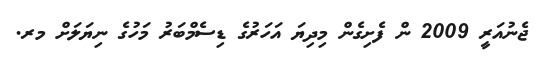
ޖެނުއަރީ 2009 ން ފެށިގެން މިދިޔަ އަހަރުގެ ޑިސެމްބަރު މަހުގެ ނިޔަލަށް މރ.